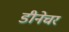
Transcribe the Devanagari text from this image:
डीनेचर